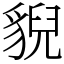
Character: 貎